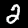
Label: 2